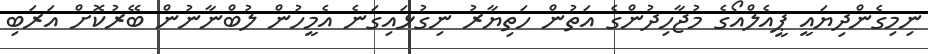
ނިމިގެންދިޔައީ ޕީއެލްއޯގެ މުޖާހިދުންގެ އަތުން ހަތިޔާރު ނިގުޅައިގަނެ އެމީހުން ލުބްނާނުން ބޭރުކޮށް އަރަބި